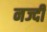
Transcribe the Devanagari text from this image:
नज्दी